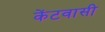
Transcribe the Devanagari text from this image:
केंटवासी